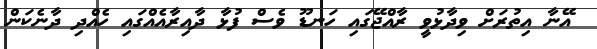
އޭނާ އިތުރަށް ވިދާޅުވީ ރާއްޖޭގައި ހަނޑޫ ވެސް ފުޅާ ދާއިރާއެއްގައި ހެއްދި ދާނެކަން